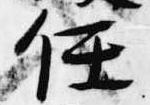
任